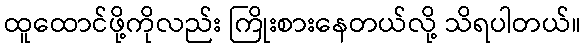
ထူထောင်ဖို့ကိုလည်း ကြိုးစားနေတယ်လို့ သိရပါတယ်။